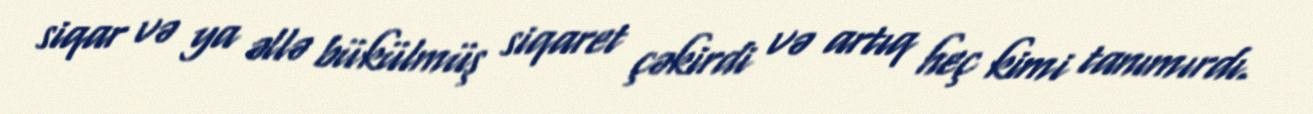
siqar və ya əllə bükülmüş siqaret çəkirdi və artıq heç kimi tanımırdı.